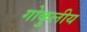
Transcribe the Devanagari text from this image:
गोकुलीय